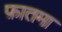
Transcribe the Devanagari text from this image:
फ़ातमा